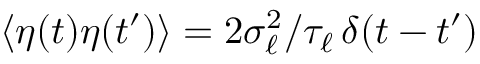
\langle \eta ( t ) \eta ( t ^ { \prime } ) \rangle = 2 \sigma _ { \ell } ^ { 2 } / { \tau _ { \ell } } \, \delta ( t - t ^ { \prime } )